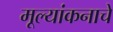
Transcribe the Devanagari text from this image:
मूल्यांकनाचे